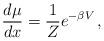
LaTeX: \begin{align*} \frac{d\mu}{dx} = \frac{1}{Z} e^{-\beta V}\,, \end{align*}